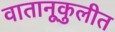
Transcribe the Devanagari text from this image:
वातानूकुलीत